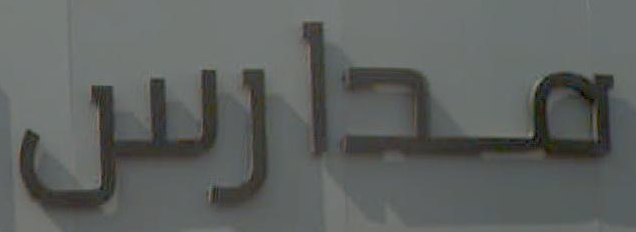
مدارس